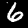
Digit: 6